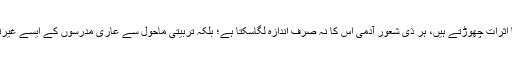
تربیت سے کورے ایسے طلبہ معاشرہ میں کیا اثرات چھوڑتے ہیں، ہر ذی شعور آدمی اس کا نہ صرف اندازہ لگاسکتا ہے؛ بلکہ تربیتی ماحول سے عاری مدرسوں کے ایسے غیرتربیت یافتہ طلبہ کا بخوبی مشاہدہ کرسکتا ہے۔